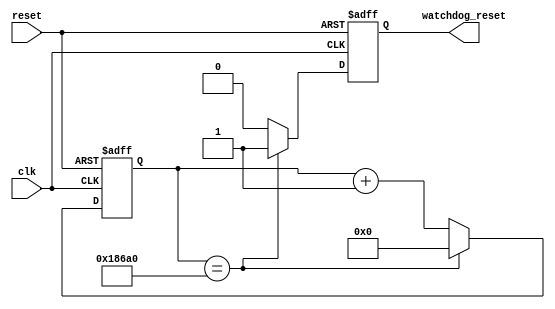
module watchdog_timer (
    input wire clk,
    input wire reset,
    output reg watchdog_reset
);

parameter TIMEOUT_VALUE = 100000; // Predetermined timeout period 

reg [31:0] timer; // Timer count

always @(posedge clk or posedge reset) begin
    if (reset) begin
        timer <= 0;
        watchdog_reset <= 0;
    end else begin
        if (timer == TIMEOUT_VALUE) begin
            watchdog_reset <= 1; // Trigger reset signal
            timer <= 0; // Reset timer
        end else begin
            timer <= timer + 1; // Increment timer count
            watchdog_reset <= 0;
        end
    end
end

endmodule